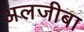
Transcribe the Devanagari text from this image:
अलजीबा